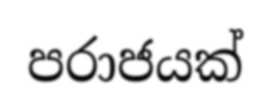
පරාජයක්